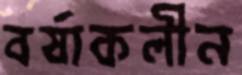
বর্ষাকলীন